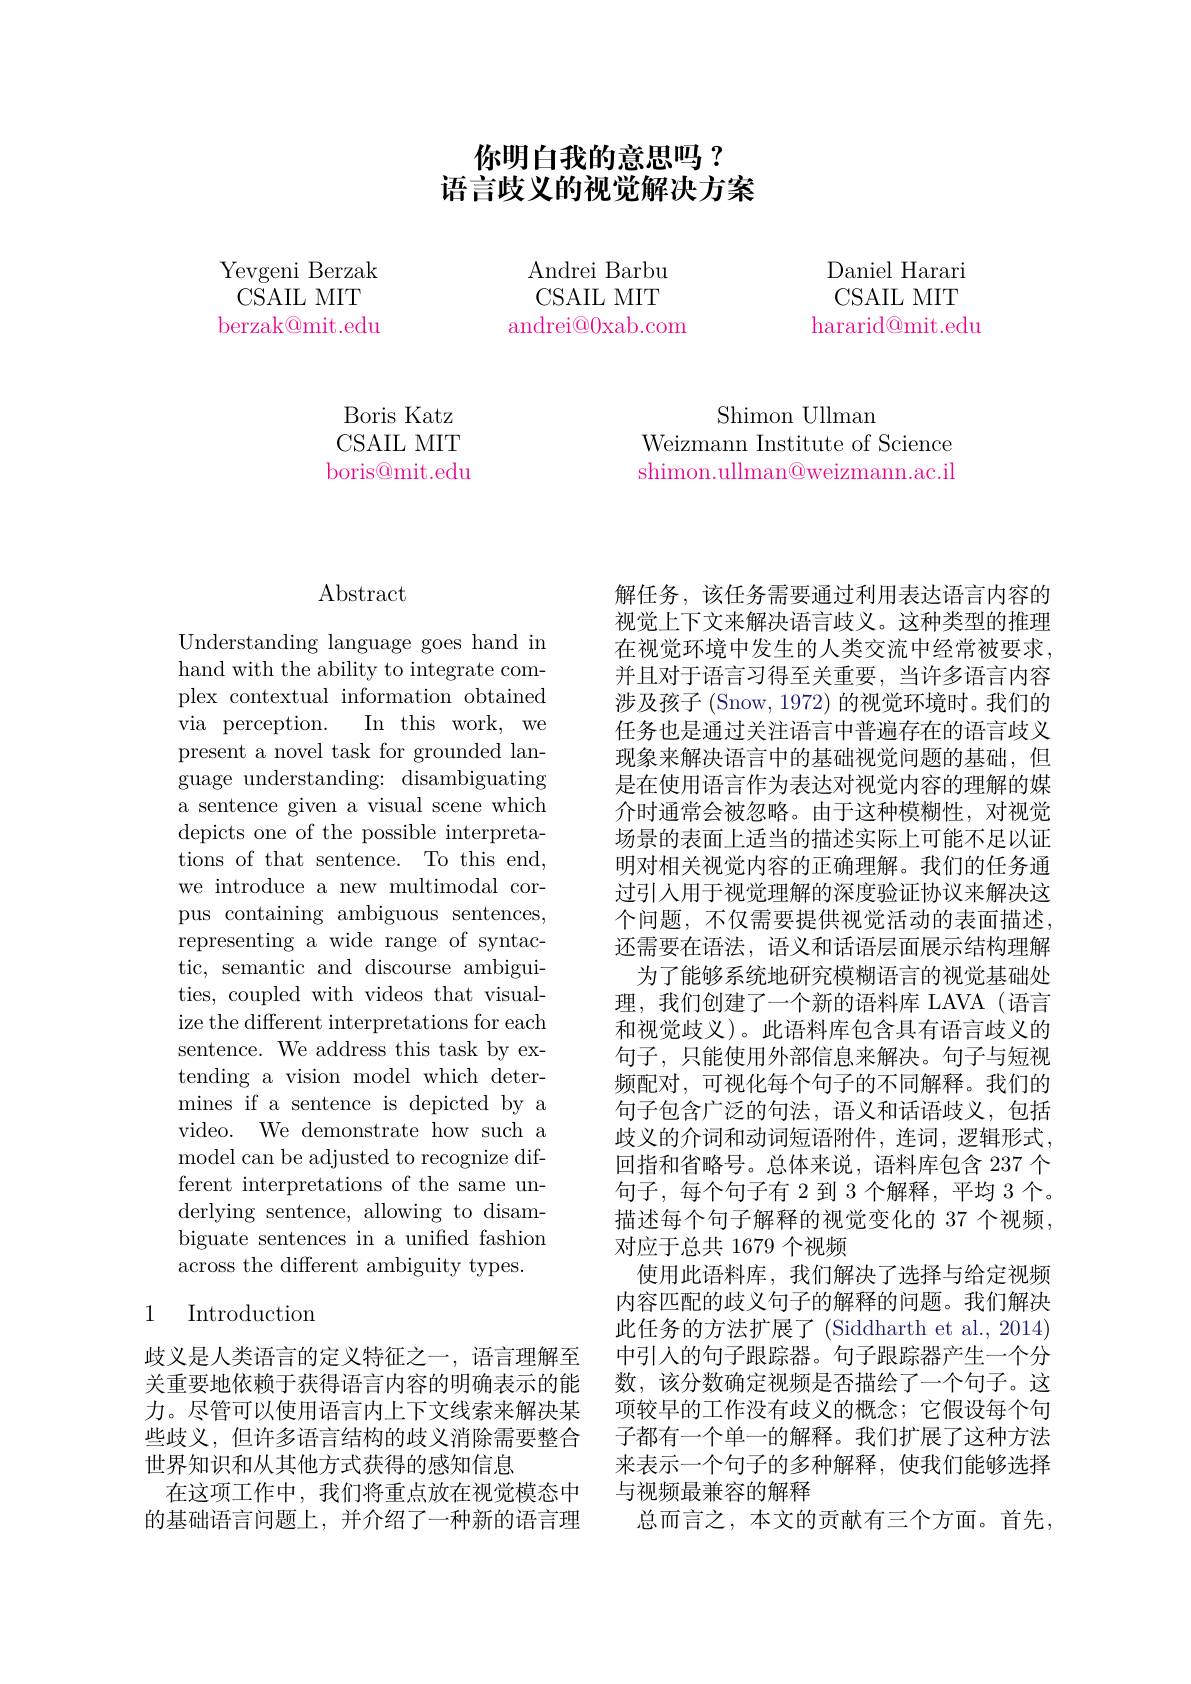
# 你明白我的意思吗？ 语言歧义的视觉解决方案

Yevgeni Berzak CSAIL MIT berzak@mit.edu

Daniel Harari CSAIL MIT
hararid@mit.edu

AndreiBarbu CSAIL MIT
andrei@0xab.com

Shimon Ullman
Weizmann Institute of Science shimon.ullman@weizmann.ac.il

Boris Katz CSAIL MIT boris@mit.edu

Abstract

Understanding language goes hand in hand with the ability to integrate complex contextual information obtained via perception. In this work, we present a novel task for grounded language understanding: disambiguating a sentence given a visual scene which depicts one of the possible interpretations of that sentence. To this end, we introduce a new multimodal corpus containing ambiguous sentences, representing a wide range of syntactic, semantic and discourse ambiguities, coupled with videos that visualize the different interpretations for each sentence. We address this task by extending a vision model which determines if a sentence is depicted by a video. We demonstrate how such a model can be adjusted to recognize different interpretations of the same underlying sentence, allowing to disambiguate sentences in a unified fashion across the different ambiguity types.

## 1 Introduction

歧义是人类语言的定义特征之一，语言理解至关重要地依赖于获得语言内容的明确表示的能力。尽管可以使用语言内上下文线索来解决某些歧义，但许多语言结构的歧义消除需要整合世界知识和从其他方式获得的感知信息
在这项工作中，我们将重点放在视觉模态中的基础语言问题上，并介绍了一种新的语言理

解任务，该任务需要通过利用表达语言内容的视觉上下文来解决语言歧义。这种类型的推理在视觉环境中发生的人类交流中经常被要求并且对于语言习得至关重要，当许多语言内容涉及孩子 (Snow, 1972) 的视觉环境时。我们的任务也是通过关注语言中普遍存在的语言歧义现象来解决语言中的基础视觉问题的基础，但是在使用语言作为表达对视觉内容的理解的媒介时通常会被忽略。由于这种模糊性，对视觉场景的表面上适当的描述实际上可能不足以证明对相关视觉内容的正确理解。我们的任务通过引入用于视觉理解的深度验证协议来解决这个问题，不仅需要提供视觉活动的表面描述。还需要在语法，语义和话语层面展示结构理解
为了能够系统地研究模糊语言的视觉基础处理，我们创建了一个新的语料库 LAVA(语言和视觉歧义)。此语料库包含具有语言歧义的句子，只能使用外部信息来解决。句子与短视频配对，可视化每个句子的不同解释。我们的句子包含广泛的句法，语义和话语歧义，包括歧义的介词和动词短语附件，连词，逻辑形式， 回指和省略号。总体来说，语料库包含 237 个句子，每个句子有 2 到 3 个解释，平均 3 个。描述每个句子解释的视觉变化的 37 个视频， 对应于总共 1679 个视频
使用此语料库，我们解决了选择与给定视频内容匹配的歧义句子的解释的问题。我们解决此任务的方法扩展了 (Siddharth et al., 2014) 中引入的句子跟踪器。句子跟踪器产生一个分数，该分数确定视频是否描绘了一个句子。这项较早的工作没有歧义的概念；它假设每个句子都有一个单一的解释。我们扩展了这种方法来表示一个句子的多种解释，使我们能够选择与视频最兼容的解释
总而言之，本文的贡献有三个方面。首先